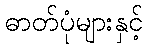
ဓာတ်ပုံများနှင့်